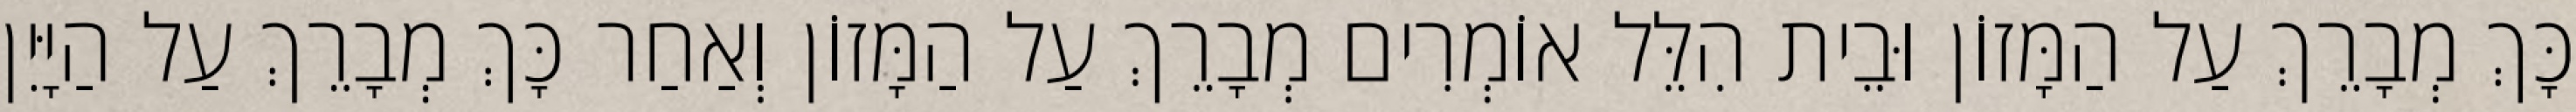
כָּךְ מְבָרֵךְ עַל הַמָּזוֹן וּבֵית הִלֵּל אוֹמְרִים מְבָרֵךְ עַל הַמָּזוֹן וְאַחַר כָּךְ מְבָרֵךְ עַל הַיָּיִן